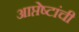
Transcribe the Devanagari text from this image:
आप्तेष्टांची